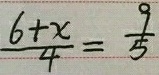
\frac { 6 + x } { 4 } = \frac { 9 } { 5 }